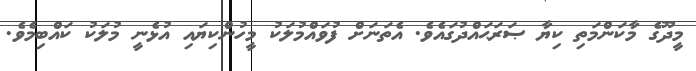
މީދޫގެ މާކަންމަތި ކިޔާ ޞަރަޙައްދުގައެވެ. އެތަނަށް ފުވައްމުލަކު މީހުންކިޔައި އުޅެނީ މުލަކު ކައްބިމެވެ.